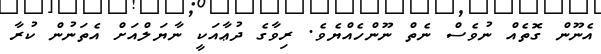
އެނޫން ގޮތެއް ނުވެސް ނެތް ނޫންހެއްޔެވެ. ރިވާގެ ދުޢާއަކީ ނާޔަލްއަށް އެތަނުން ކުރާ